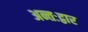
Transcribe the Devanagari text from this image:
अन्तःद्वार